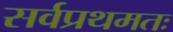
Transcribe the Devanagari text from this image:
सर्वप्रथमतः